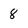
Character: 8